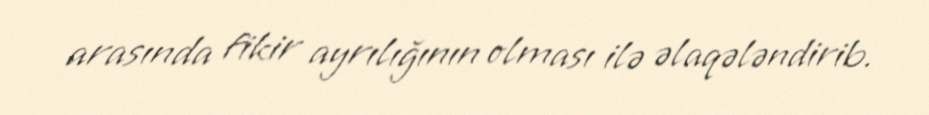
arasında fikir ayrılığının olması ilə əlaqələndirib.